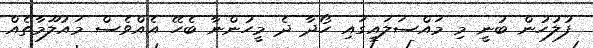
ފުލުހުން ބުނީ މި މައްސަލައިގައި ހޯދާ ދެ މީހުންނާ ބެހޭ އެއްވެސް މައުލޫމާތެއް